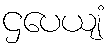
ဌပေယျံ